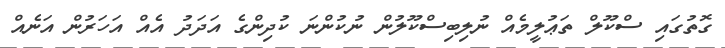
ގޮތުގައި ސްކޫލް ތަޢުލީމެއް ނުލިބިސްކޫލުން ނުކުންނަ ކުދިންގެ އަދަދު އެއް އަހަރުން އަނެއް